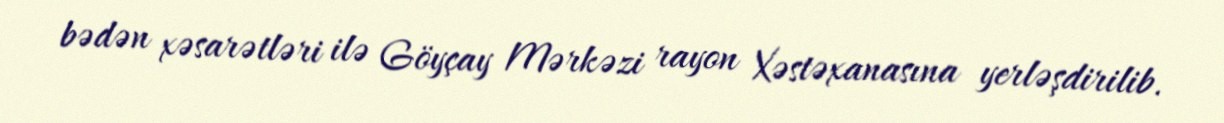
bədən xəsarətləri ilə Göyçay Mərkəzi rayon Xəstəxanasına yerləşdirilib.